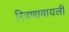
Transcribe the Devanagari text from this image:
रिवणावायली